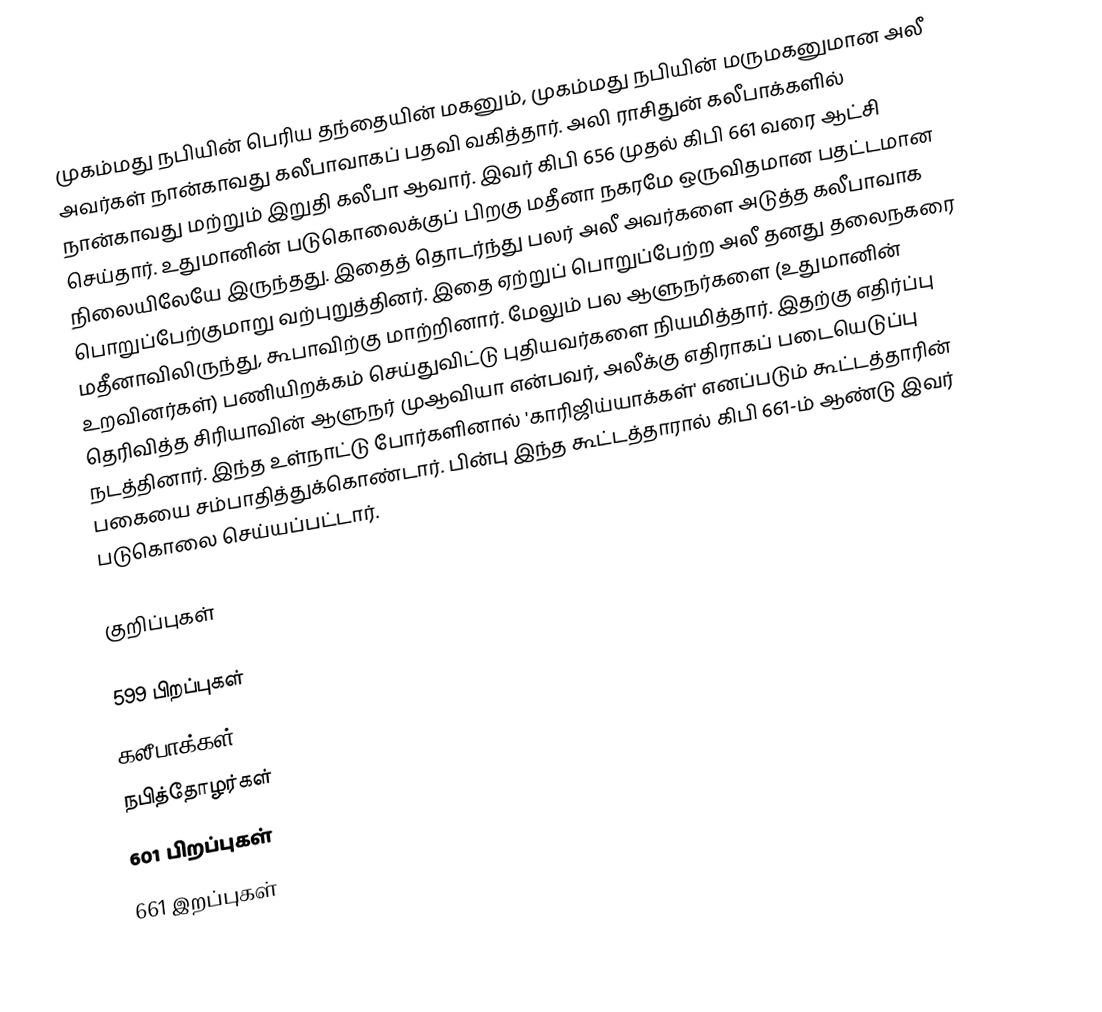
முகம்மது நபியின் பெரிய தந்தையின் மகனும், முகம்மது நபியின் மருமகனுமான அலீ அவர்கள் நான்காவது கலீபாவாகப் பதவி வகித்தார். அலி ராசிதுன் கலீபாக்களில் நான்காவது மற்றும் இறுதி கலீபா ஆவார். இவர் கிபி 656 முதல் கிபி 661 வரை ஆட்சி செய்தார். உதுமானின்  படுகொலைக்குப் பிறகு மதீனா நகரமே ஒருவிதமான பதட்டமான நிலையிலேயே இருந்தது. இதைத் தொடர்ந்து பலர் அலீ அவர்களை அடுத்த கலீபாவாக பொறுப்பேற்குமாறு வற்புறுத்தினர். இதை ஏற்றுப் பொறுப்பேற்ற அலீ தனது தலைநகரை மதீனாவிலிருந்து, கூபாவிற்கு மாற்றினார். மேலும் பல ஆளுநர்களை (உதுமானின் உறவினர்கள்) பணியிறக்கம் செய்துவிட்டு புதியவர்களை நியமித்தார். இதற்கு எதிர்ப்பு தெரிவித்த சிரியாவின் ஆளுநர் முஆவியா என்பவர், அலீக்கு எதிராகப் படையெடுப்பு நடத்தினார். இந்த உள்நாட்டு போர்களினால் 'காரிஜிய்யாக்கள்' எனப்படும் கூட்டத்தாரின் பகையை சம்பாதித்துக்கொண்டார். பின்பு இந்த கூட்டத்தாரால் கிபி 661-ம் ஆண்டு இவர் படுகொலை செய்யப்பட்டார்.

குறிப்புகள்

599 பிறப்புகள்
கலீபாக்கள்
நபித்தோழர்கள்
601 பிறப்புகள்
661 இறப்புகள்